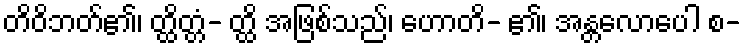
တိဝိဘတ်၏၊ တ္ထိတ္တံ- တ္ထိ အဖြစ်သည်၊ ဟောတိ- ၏၊ အန္တလောပေါ စ-